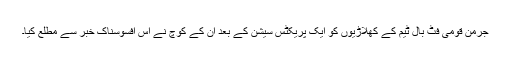
جرمن قومی فٹ بال ٹیم کے کھلاڑیوں کو ایک پریکٹس سیشن کے بعد ان کے کوچ نے اس افسوسناک خبر سے مطلع کیا۔